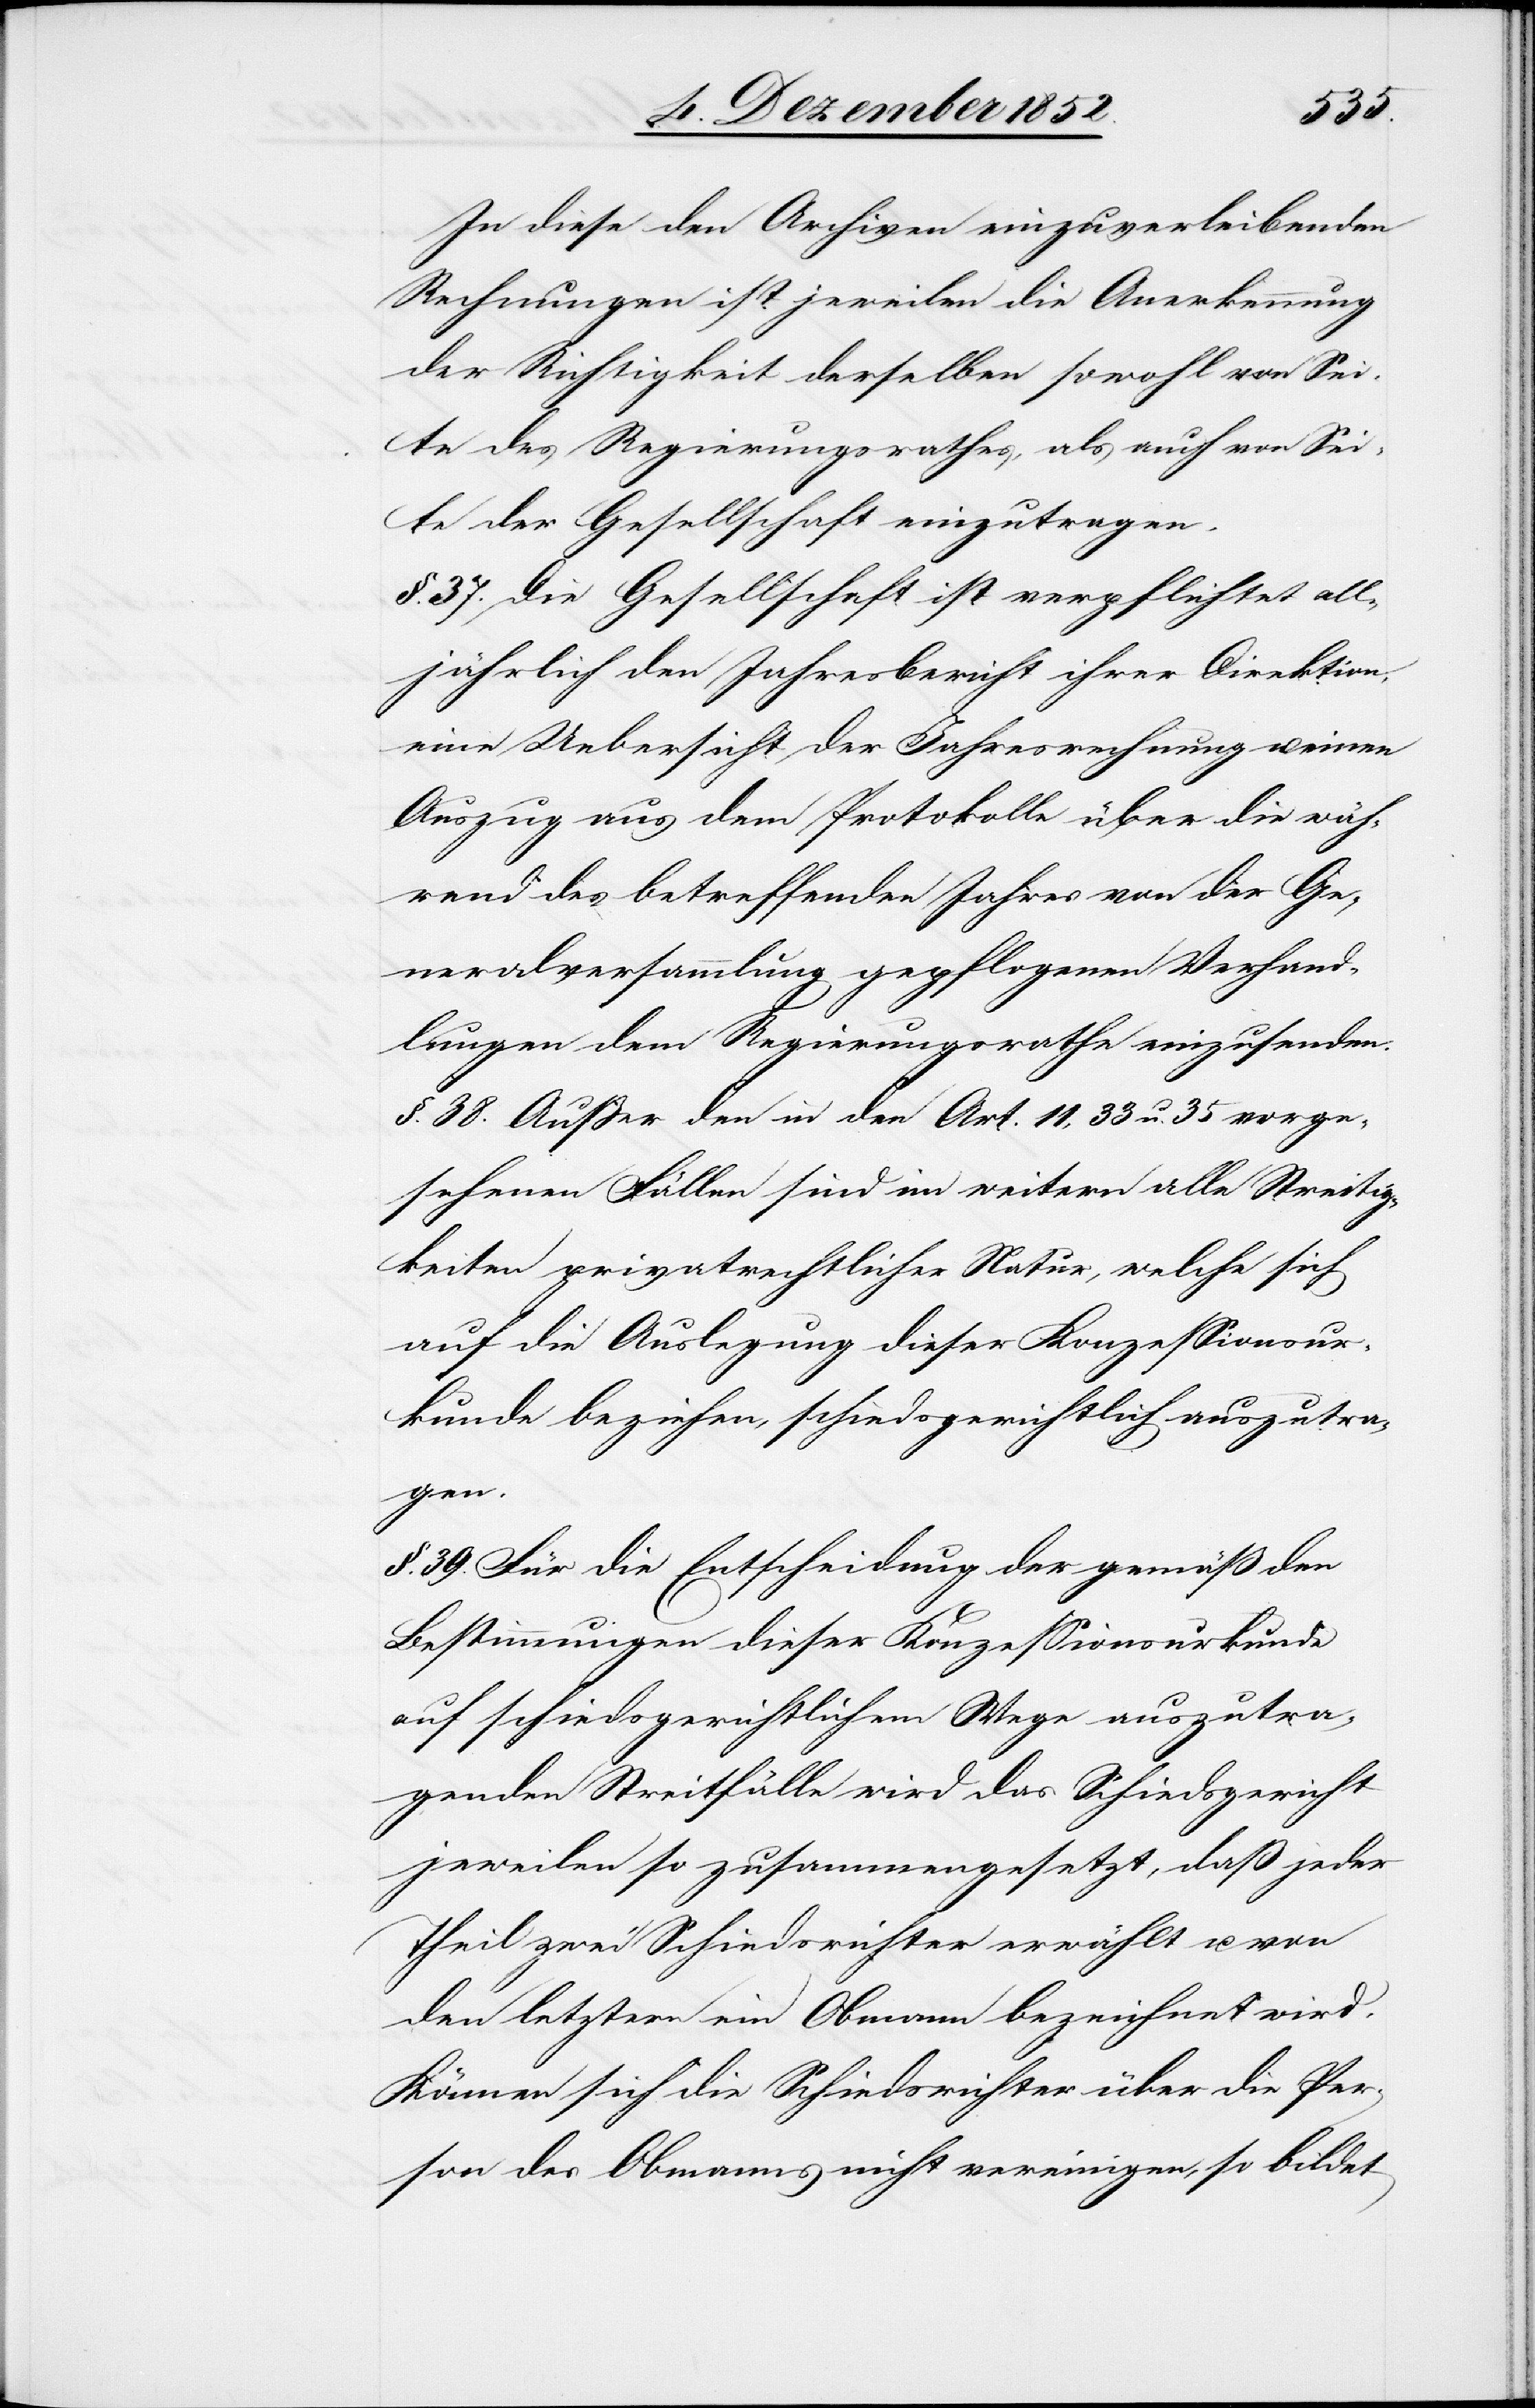
In diese den Archiven einzuverleibenden
Rechnungen ist jeweilen die Anerkennung
der Richtigkeit derselben sowohl von Sei¬
te des Regierungsrathes, als auch von Sei¬
te der Gesellschaft einzutragen.
§. 37. Die Gesellschaft ist verpflichtet all¬
jährlich den Jahresbericht ihrer Direktion,
eine Uebersicht der Jahresrechnung u. einen
Auszug aus dem Protokolle über die wäh¬
rend des betreffenden Jahres von der Ge¬
neralversammlung gepflogenen Verhand¬
lungen dem Regierungsrathe einzusenden.
§. 38. Außer den in den Art. 11, 33 u. 35 vorge¬
sehenen Fällen sind im weitern alle Streitig¬
keiten privatrechtlicher Natur, welche sich
auf die Auslegung dieser Konzessionsur¬
kunde beziehen, schiedsgerichtlich auszutra¬
gen.
§. 39. Für die Entscheidung der gemäß den
Bestimmungen dieser Konzessionsurkunde
auf schiedsgerichtlichem Wege auszutra¬
genden Streitfälle wird das Schiedsgericht
jeweilen so zusammengesetzt, daß jeder
Theil zwei Schiedsrichter erwählt u. von
den letztern ein Obmann bezeichnet wird.
Können sich die Schiedsrichter über die Per¬
son des Obmanns nicht vereinigen, so bildet